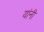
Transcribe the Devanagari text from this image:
यांंनी